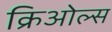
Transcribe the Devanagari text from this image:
क्रिओल्स